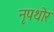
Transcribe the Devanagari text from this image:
नृपथोर